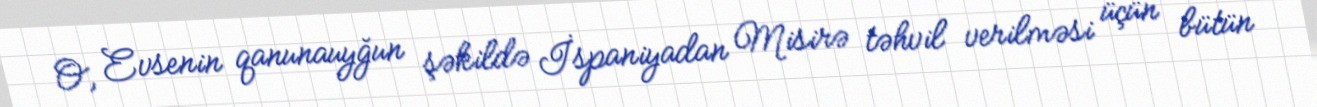
O, Evsenin qanunauyğun şəkildə İspaniyadan Misirə təhvil verilməsi üçün bütün